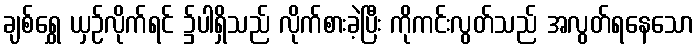
ချစ်ရွှေ ယှဉ်လိုက်ရင် ၌ပါရှိသည် လိုက်စားခဲ့ပြီး ကိုကင်းလွတ်သည် အလွတ်ရနေသော